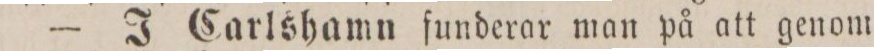
— J Carlshamn funderar man på att genom